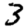
Digit: 3